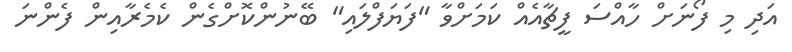
އަދި މި ފޯނަށް ހާއްސަ ފީޗާއެއް ކަމަށްވާ "ފަޔަފްލައި" ބޭނުންކޮށްގެން ކެމެރާއިން ފެންނަ